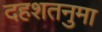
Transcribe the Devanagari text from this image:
दहशतनुमा